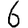
Digit: 6